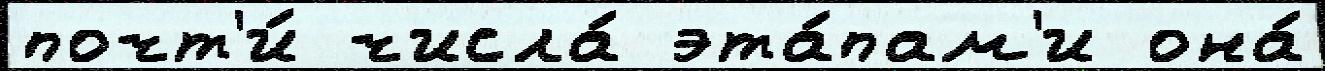
почт'и́ числа́ эта́пам'и она́